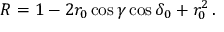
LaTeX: R = 1 - 2 r _ { 0 } \cos \gamma \cos \delta _ { 0 } + r _ { 0 } ^ { 2 } \, .